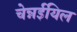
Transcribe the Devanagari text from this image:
चेन्नईयिल